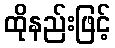
ထိုနည်းဖြင့်